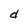
Character: d